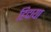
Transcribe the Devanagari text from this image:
हिदाया